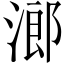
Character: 𱧧